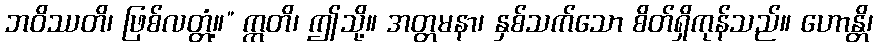
ဘဝိဿတိ၊ ဖြစ်လတ္တံ့။” ဣတိ၊ ဤသို့။ အတ္တမနာ၊ နှစ်သက်သော စိတ်ရှိကုန်သည်။ ဟောန္တိ၊